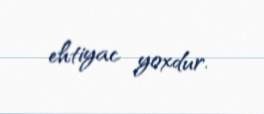
ehtiyac yoxdur.